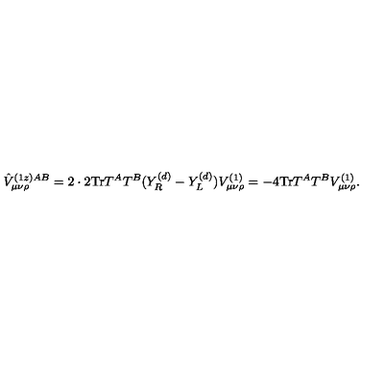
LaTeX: \hat { V } _ { \mu \nu \rho } ^ { ( 1 z ) A B } = 2 \cdot 2 \mathrm { T r } T ^ { A } T ^ { B } ( Y _ { R } ^ { ( d ) } - Y _ { L } ^ { ( d ) } ) V _ { \mu \nu \rho } ^ { ( 1 ) } = - 4 \mathrm { T r } T ^ { A } T ^ { B } V _ { \mu \nu \rho } ^ { ( 1 ) } .